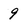
Character: 9